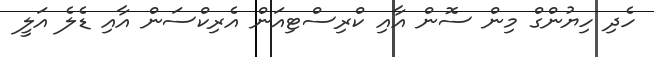
ހެދި ހިޔުންގް މިން ސޮން އާއި ކްރިސްޓިއަން އެރިކްސަން އާއި ޑެލެ އަލީ